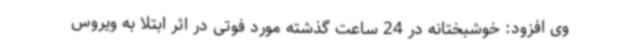
وی افزود: خوشبختانه در 24 ساعت گذشته مورد فوتی در اثر ابتلا به ویروس